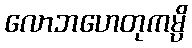
လောဘဟေတုကမ္ပိ